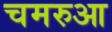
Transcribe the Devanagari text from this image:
चमरुआ